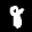
Label: 8